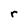
Character: r